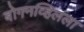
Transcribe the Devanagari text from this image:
बोगनव्हिलला